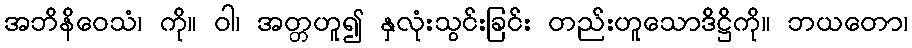
အဘိနိဝေသံ၊ ကို။ ဝါ၊ အတ္တဟူ၍ နှလုံးသွင်းခြင်း တည်းဟူသောဒိဋ္ဌိကို။ ဘယတော၊